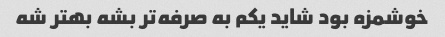
خوشمزه بود شاید یکم به صرفه‌تر بشه بهتر شه